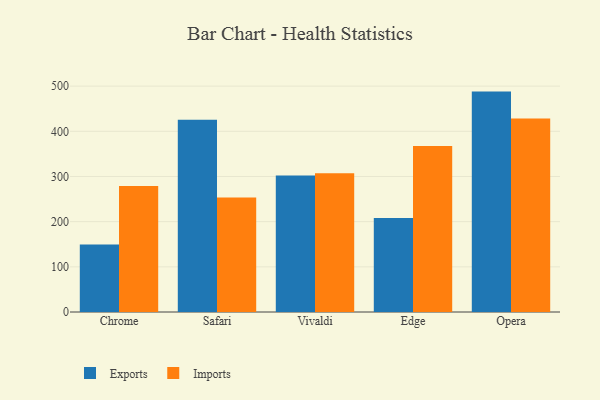
{"axis": {"x": "Browser", "y": "Humidity (%)"}, "legend": ["Exports", "Imports"], "data": [{"x": "Chrome", "y": 149.5, "type": "Exports"}, {"x": "Chrome", "y": 278.9, "type": "Imports"}, {"x": "Safari", "y": 425.8, "type": "Exports"}, {"x": "Safari", "y": 253.2, "type": "Imports"}, {"x": "Vivaldi", "y": 302.0, "type": "Exports"}, {"x": "Vivaldi", "y": 307.3, "type": "Imports"}, {"x": "Edge", "y": 208.3, "type": "Exports"}, {"x": "Edge", "y": 367.2, "type": "Imports"}, {"x": "Opera", "y": 487.9, "type": "Exports"}, {"x": "Opera", "y": 428.5, "type": "Imports"}]}